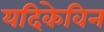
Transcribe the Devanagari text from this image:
यदिकेविन